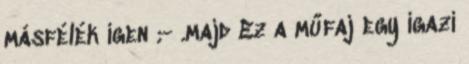
másfélék igen ;- .majd Ez a műfaj egy igazi